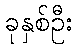
ခုနှစ်ဦး